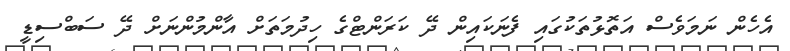
އެހެން ނަމަވެސް އަތޮޅުތަކުގައި ފެނަކައިން ދޭ ކަރަންޓްގެ ހިދުމަތަށް އާންމުންނަށް ދޭ ސަބްސިޑީ